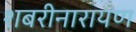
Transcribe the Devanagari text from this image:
शबरीनारायण